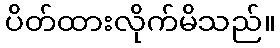
ပိတ်ထားလိုက်မိသည်။